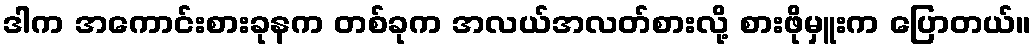
ဒါက အကောင်းစားခုနက တစ်ခုက အလယ်အလတ်စားလို့ စားဖိုမှူးက ပြောတယ်။